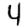
Digit: 4